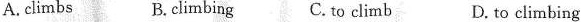
A. climbs B.climbing C.to climb D.to climbing